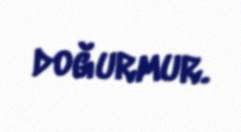
doğurmur.